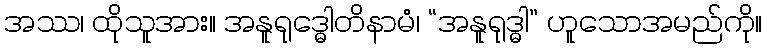
အဿ၊ ထိုသူအား။ အနူရုဒ္ဓေါတိနာမံ၊ “အနူရုဒ္ဓါ” ဟူသောအမည်ကို။